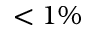
< 1 \%